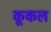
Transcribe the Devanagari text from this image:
कूकल